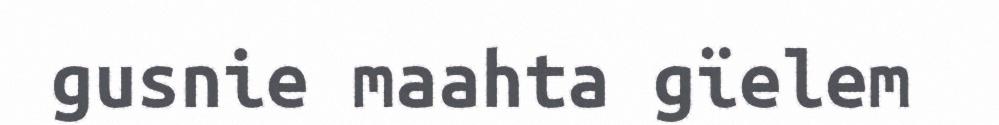
gusnie maahta gïelem